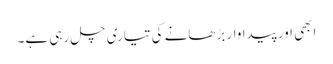
ابھی اور پیداوار بڑھانے کی تیاری چل رہی ہے۔